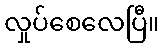
လှုပ်စေလေပြီ။